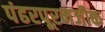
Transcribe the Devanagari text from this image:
पंढरपूरनजीक